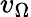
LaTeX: v_{\Omega}